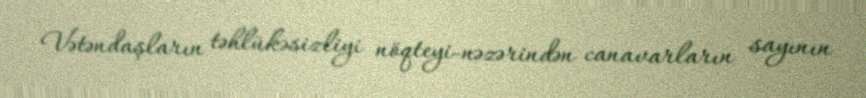
Vətəndaşların təhlükəsizliyi nöqteyi-nəzərindən canavarların sayının